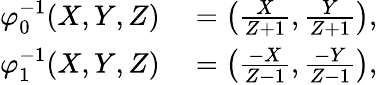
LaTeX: \begin{array}{rl}{\varphi_{0}^{-1}(X,Y,Z)}&{{}=\left({\frac{X}{Z+1}},{\frac{Y}{Z+1}}\right),}\\ {\varphi_{1}^{-1}(X,Y,Z)}&{{}=\left({\frac{-X}{Z-1}},{\frac{-Y}{Z-1}}\right),}\end{array}